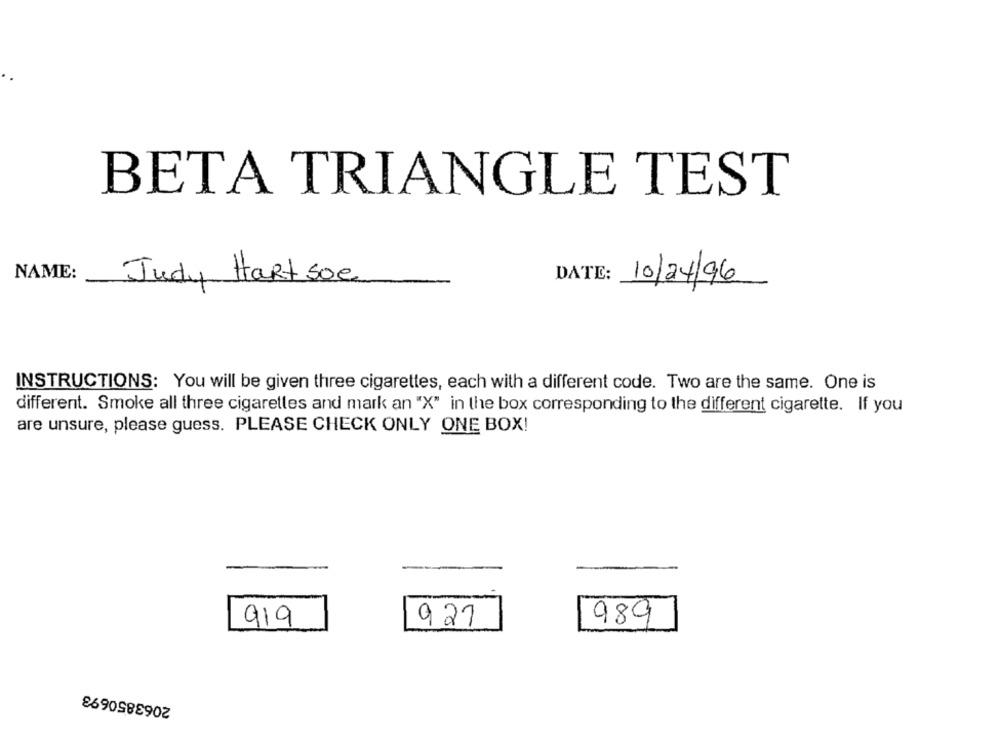
BETA TRIANGLE TEST
NAME:
Judy Hart soe
DATE:
10/24/96
INSTRUCTIONS: You will be given three cigarettes, each with a different code. Two are the same. One is
different. Smoke all three cigarettes and mark an "X" in the box corresponding to the different cigarette. If you
are unsure, please guess. PLEASE CHECK ONLY ONE BOX!
919
927
989
2063850693